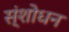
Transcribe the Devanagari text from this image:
स्ंशोधन